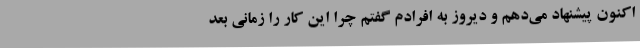
اکنون پیشنهاد می‌دهم و دیروز به افرادم گفتم چرا این کار را زمانی بعد